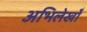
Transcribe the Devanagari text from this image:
अभिलेखोँ